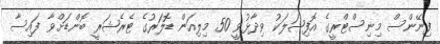
ފިނޭންސް މިނިސްޓްރީގެ އޮފިޝަލަކު ވިދާޅުވީ 50 މިލިއަން ޑޮލަރުގެ ޓެރެޝަރީ ބޮންޑަށްވާ ފައިސާ